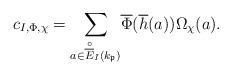
LaTeX: \begin{align*}c_{I,\Phi,\chi}=\underset{a\in\overset{\circ}{\overline{E}}_{I}(k_{\mathfrak{p}})}{\sum}\overline{\Phi}(\overline{h}(a))\Omega_{\chi}(a).\end{align*}